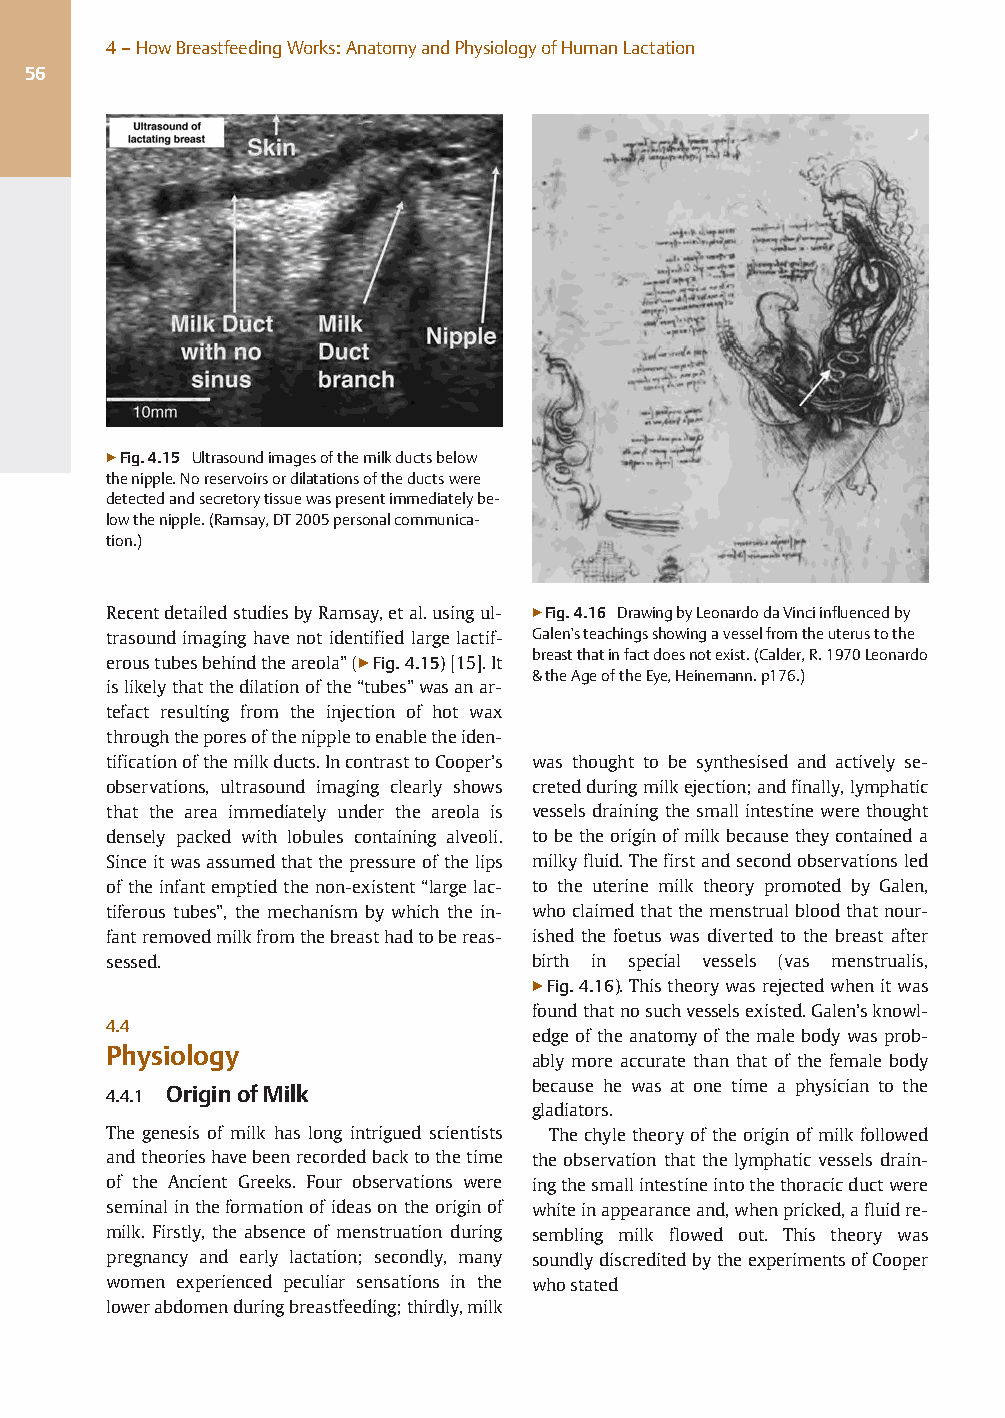
4–HowBreastfeedingWorks:AnatomyandPhysiologyofHumanLactation
 56
 ▶Fig.4.15 Ultrasoundimagesofthemilkductsbelow
 thenipple.Noreservoirsordilatationsoftheductswere
 detectedandsecretorytissuewaspresentimmediatelybe-
 lowthenipple.(Ramsay,DT2005personalcommunica-
 tion.)
 RecentdetailedstudiesbyRamsay,etal.usingul- ▶Fig.4.16 DrawingbyLeonardodaVinciinfluencedby
 trasound imaginghave not identified largelactif-
 Galen’steachingsshowingavesselfromtheuterustothe
 eroustubesbehindtheareola”(▶Fig.4.15)[15].It breastthatinfactdoesnotexist.(Calder,R.1970Leonardo
 &theAgeoftheEye,Heinemann.p176.)
 islikelythatthedilationofthe“tubes”wasanar-
 tefact resulting from the injection of hot wax
 throughtheporesofthenippletoenabletheiden-
 tificationofthemilkducts.IncontrasttoCooper’s was thought to be synthesised and actively se-
 observations, ultrasound imaging clearly shows cretedduringmilkejection;andfinally,lymphatic
 that the area immediately under the areola is vessels draining the small intestine were thought
 densely packed with lobules containing alveoli. tobetheoriginof milk becausetheycontained a
 Sinceitwasassumedthatthepressureofthelips milkyfluid.Thefirstandsecondobservationsled
 of theinfantemptiedthenon-existent“largelac- to the uterine milk theory promoted by Galen,
 tiferous tubes”, the mechanism by which the in- whoclaimedthatthemenstrualbloodthatnour-
 fantremovedmilkfromthebreasthadtobereas- ished the foetus was diverted to the breast after
 sessed.                      birth in special vessels (vas menstrualis,
 ▶Fig.4.16).Thistheorywasrejectedwhenitwas
 foundthatnosuchvesselsexisted.Galen’sknowl-
 4.4
 edge of the anatomyof the malebody wasprob-
 Physiology
 ably more accurate than that of the female body
 4.4.1 OriginofMilk           because he was at one time a physician to the
 gladiators.
 The genesis of milk has long intrigued scientists The chyletheoryof the origin of milk followed
 andtheorieshavebeenrecordedbacktothetime the observation that the lymphatic vessels drain-
 of the Ancient Greeks. Four observations were ingthesmallintestineintothethoracicductwere
 seminalintheformationof ideasontheoriginof whiteinappearanceand,whenpricked,afluidre-
 milk. Firstly, the absence of menstruation during sembling milk flowed out. This theory was
 pregnancy and early lactation; secondly, many soundlydiscreditedbytheexperimentsofCooper
 women experienced peculiar sensations in the whostated
 lowerabdomenduringbreastfeeding;thirdly,milk